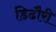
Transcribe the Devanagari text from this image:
डिढौरी